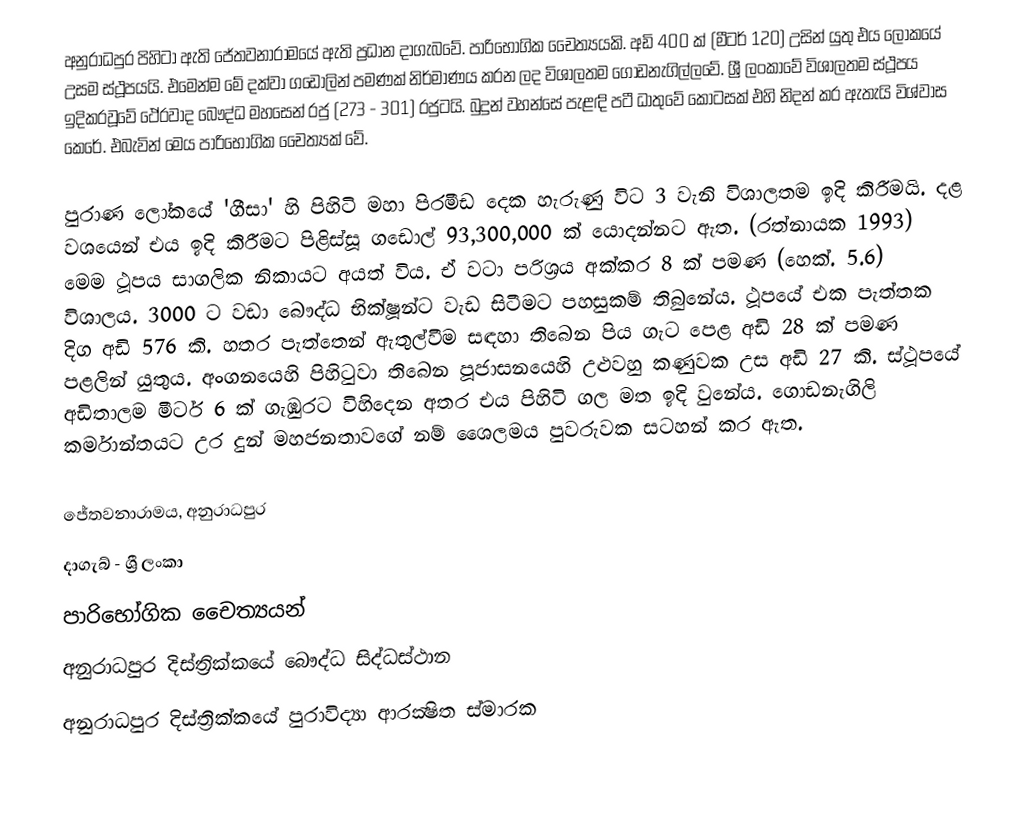
අනුරාධපුර පිහිටා ඇති ජේතවනාරාමයේ ඇති ප්‍රධාන දාගැබවේ. පාරිභෝගික චෛත්‍යයකි. අඩි 400 ක් (මීටර් 120) උසින් යුතු එය ලෝකයේ උසම ස්ථූපයයි. එමෙන්ම මේ දක්වා ගඩොලින් පමණක් නිර්මාණය කරන ලද විශාලතම ගොඩනැගිල්ලවේ. ශ්‍රී ලංකාවේ විශාලතම ස්ථූපය ඉදිකරවූවේ  ථේරවාද බෞද්ධ මහසෙන් රජු (273 - 301) රජුටයි. බුදුන් වහන්සේ පැළඳි පටී ධාතුවේ කොටසක් එහි නිදන් කර ඇතැයි විශ්වාස කෙරේ. එබැවින් මෙය පාරිභෝගික චෛත්‍යක් වේ.

පුරාණ ලෝකයේ 'ගීසා' හි පිහිටි මහා පිරමීඩ දෙක හැරුණු විට 3 වැනි විශාලතම ඉදි කිරීමයි. දළ වශයෙන් එය ඉදි කිරීමට පිළිස්සූ ගඩොල් 93,300,000 ක් යොදන්නට ඇත. (රත්නායක 1993) මෙම ථූපය සාගලික නිකායට අයත් විය. ඒ වටා පරිශ්‍රය අක්කර 8 ක් පමණ (හෙක්. 5.6) විශාලය. 3000 ට වඩා බෞද්ධ භික්ෂූන්ට වැඩ සිටීමට පහසුකම් තිබුනේය. ථූපයේ එක පැත්තක දිග අඩි 576 කි. හතර පැත්තෙන් ඇතුල්වීම සඳහා තිබෙන පිය ගැට පෙළ අඩි 28 ක් පමණ පළලින් යුතුය. අංගනයෙහි පිහිටුවා තිබෙන පූජාසනයෙහි උළුවහු කණුවක උස අඩි 27 කි. ස්ථූපයේ අඩිතාලම මීටර් 6 ක් ගැඹුරට විහිදෙන අතර එය පිහිටි ගල මත ඉදි වුනේය. ගොඩනැගිලි කර්මාන්තයට උර දුන් මහජනතාවගේ නම් ශෛලමය පුවරුවක සටහන් කර ඇත.

ජේතවනාරාමය, අනුරාධපුර
දාගැබ් - ශ්‍රී ලංකා
පාරිභෝගික චෛත්‍යයන්
අනුරාධපුර දිස්ත්‍රික්කයේ බෞද්ධ සිද්ධස්ථාන
අනුරාධපුර දිස්ත්‍රික්කයේ පුරාවිද්‍යා ආරක්‍ෂිත ස්මාරක